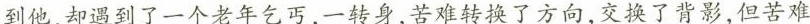
到他，却遇到了一个老年乞丐，一转身，苦难转换了方向，交换了背影，但苦难